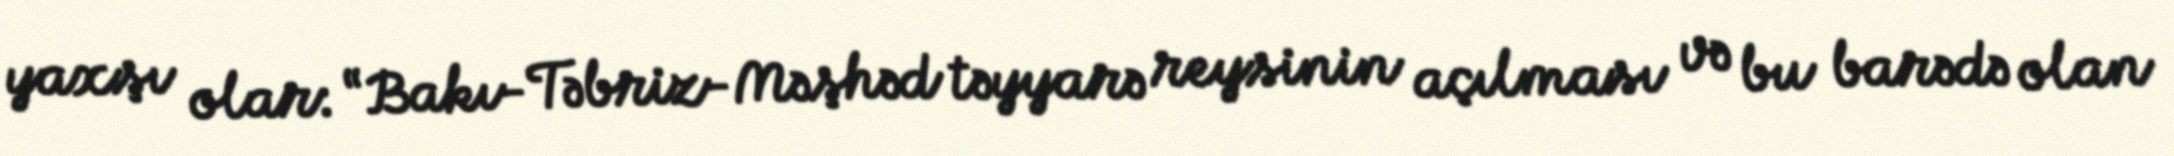
yaxşı olar: “Bakı-Təbriz-Məşhəd təyyarə reysinin açılması və bu barədə olan